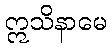
ဣသိနာမေ